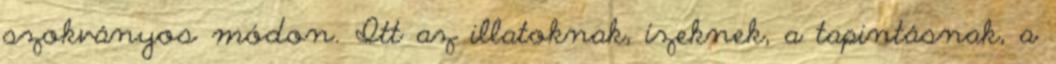
szokványos módon. Itt az illatoknak, ízeknek, a tapintásnak, a